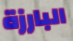
البارزة